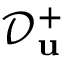
\mathcal { D } _ { \mathbf { u } } ^ { + }